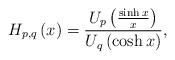
LaTeX: \begin{align*}H_{p,q}\left( x\right) =\frac{U_{p}\left( \frac{\sinh x}{x}\right) }{U_{q}\left( \cosh x\right) }, \end{align*}